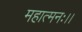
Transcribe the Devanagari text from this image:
महात्मनः।।